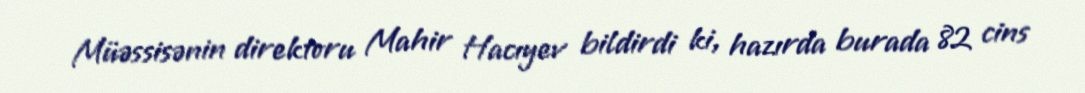
Müəssisənin direktoru Mahir Hacıyev bildirdi ki, hazırda burada 82 cins